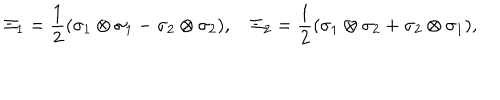
\Xi _ { 1 } = \frac { 1 } { 2 } ( \sigma _ { 1 } \otimes \sigma _ { 1 } - \sigma _ { 2 } \otimes \sigma _ { 2 } ) , \quad \Xi _ { 2 } = \frac { 1 } { 2 } ( \sigma _ { 1 } \otimes \sigma _ { 2 } + \sigma _ { 2 } \otimes \sigma _ { 1 } ) ,